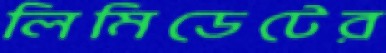
লিমিডেটের